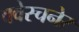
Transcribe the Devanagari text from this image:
क्वेस्चनेर